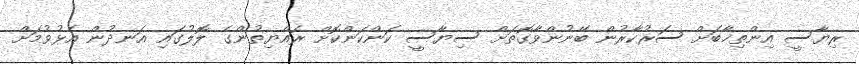
ރިޔާސީ އިންތިޚާބަށް ސަރުކާރުން ބޭނުންވާގޮތަށް ސިޔާސީ ކަންކަންކޮށް ރައްޔިތުންގެ ލޮލުގައި އަނދުން އެޅުވުމަށް